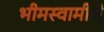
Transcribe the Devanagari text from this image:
भीमस्वामींचे